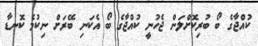
ކުއްޖާގެ ބޯ ބުރިކޮށްލަން ޖެހުނީ ކުއްޖާގެ ބޯ އެކަނި ބޭރަށް ނިކުމެ ކޮނޑާ